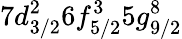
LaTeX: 7d_{3/2}^{2}6f_{5/2}^{3}5g_{9/2}^{8}